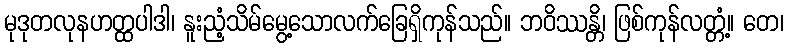
မုဒုတလုနဟတ္ထပါဒါ၊ နူးညံ့သိမ်မွေ့သောလက်ခြေရှိကုန်သည်။ ဘဝိဿန္တိ၊ ဖြစ်ကုန်လတ္တံ့။ တေ၊